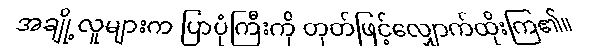
အချို့လူများက ပြာပုံကြီးကို တုတ်ဖြင့်လျှောက်ထိုးကြ၏။